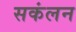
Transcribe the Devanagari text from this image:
सकंलन